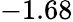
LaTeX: -1.68